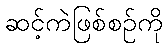
ဆင့်ကဲဖြစ်စဉ်ကို